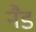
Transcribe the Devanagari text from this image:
नैड